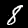
Label: 8